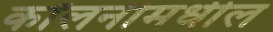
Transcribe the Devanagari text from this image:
कॉलनीमधील